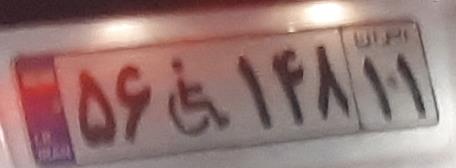
۵۶+۱۴۸۱۱